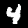
Digit: 4